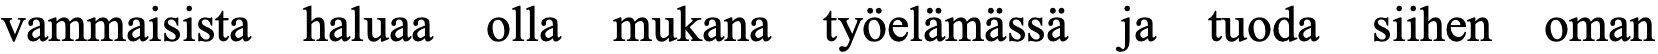
vammaisista haluaa olla mukana työelämässä ja tuoda siihen oman